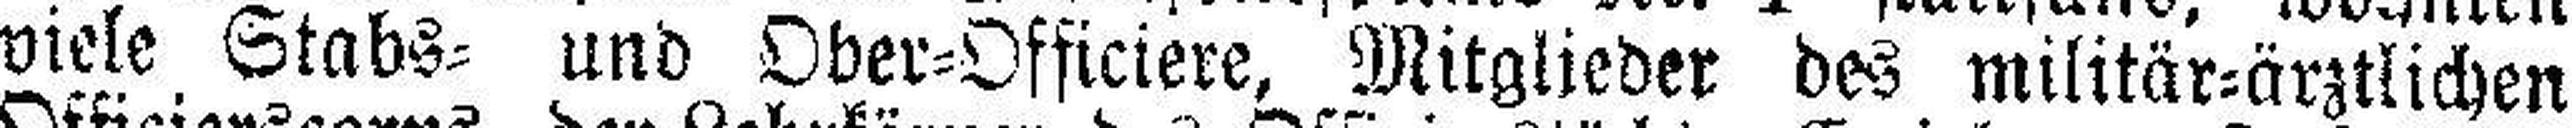
viele Stabs= und Ober=Officiere, Mitglieder des militär=ärztlichen